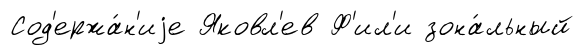
Сод'ержа́н'иjе Яковл'ев Ф'ил'и зона́льный